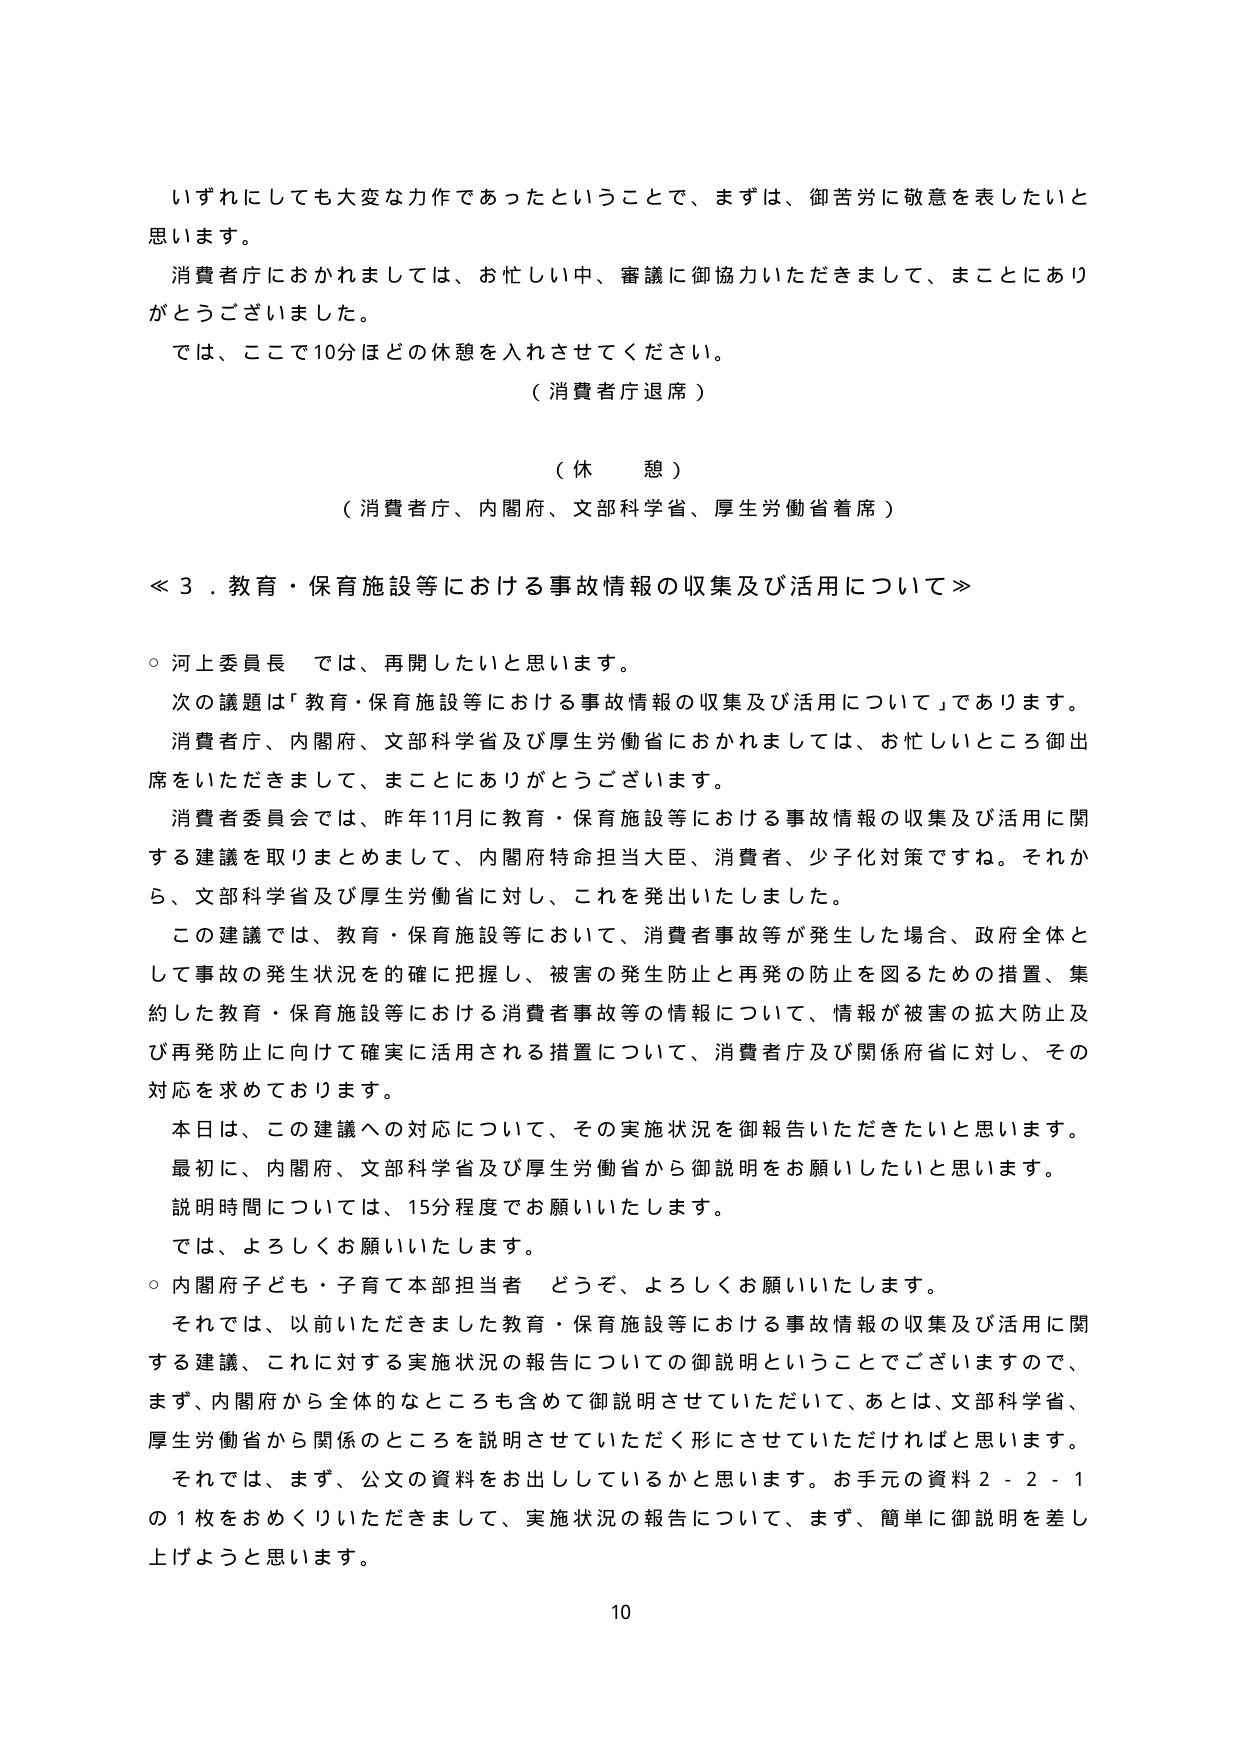
いずれにしても大変な力作であったということで、まずは、御苦労に敬意を表したいと思います。

消費者庁におかれましては、お忙しい中、審議に御協力いただきまして、まことにありがとうございました。

では、ここで10分ほどの休憩を入れさせてください。

（消費者庁退席）

（休憩）

（消費者庁、内閣府、文部科学省、厚生労働省着席）

≪３．教育・保育施設等における事故情報の収集及び活用について≫

○ 河上委員長 では、再開したいと思います。

次の議題は「教育・保育施設等における事故情報の収集及び活用について」であります。

消費者庁、内閣府、文部科学省及び厚生労働省におかれましては、お忙しいところ御出席をいただきまして、まことにありがとうございます。

消費者委員会では、昨年11月に教育・保育施設等における事故情報の収集及び活用に関する建議を取りまとめまして、内閣府特命担当大臣、消費者、少子化対策ですね。それから、文部科学省及び厚生労働省に対し、これを発出いたしました。

この建議では、教育・保育施設等において、消費者事故等が発生した場合、政府全体として事故の発生状況を的確に把握し、被害の発生防止と再発の防止を図るための措置、集約した教育・保育施設等における消費者事故等の情報について、情報が被害の拡大防止及び再発防止に向けて確実に活用される措置について、消費者庁及び関係府省に対し、その対応を求めております。

本日は、この建議への対応について、その実施状況を御報告いただきたいと思います。

最初に、内閣府、文部科学省及び厚生労働省から御説明をお願いしたいと思います。

説明時間については、15分程度でお願いいたします。

では、よろしくお願いいたします。

○ 内閣府子ども・子育て本部担当者 どうぞ、よろしくお願いいたします。

それでは、以前いただきました教育・保育施設等における事故情報の収集及び活用に関する建議、これに対する実施状況の報告についての御説明ということでございますので、まず、内閣府から全体的なところも含めて御説明させていただいて、あとは、文部科学省、厚生労働省から関係のところを説明させていただく形にさせていただければと思います。

それでは、まず、公文の資料を出しているかと思います。お手元の資料２－２－１の１枚をおめくりいただきまして、実施状況の報告について、まず、簡単に御説明を差し上げようと思います。

10